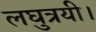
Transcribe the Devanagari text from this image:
लघुत्रयी।